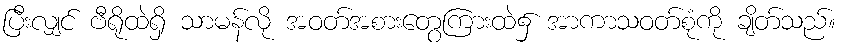
ပြီးလျှင် ဗီရိုထဲရှိ သာမန်လို အဝတ်အစားတွေကြားထဲ၌ အာကာသဝတ်စုံကို ချိတ်သည်။